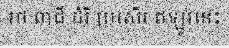
រថ ពាជី ដំរី ប្រសើរ ឥឡូវនេះ